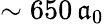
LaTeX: \sim650\, \mathfrak{a}_{0}